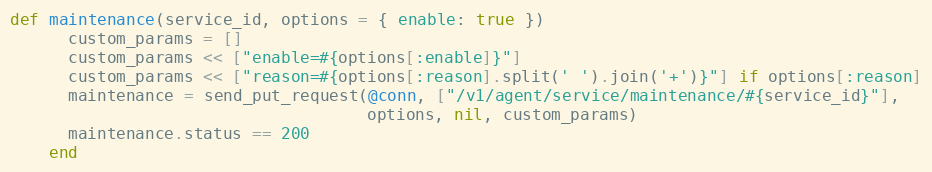
Language: Ruby
def maintenance(service_id, options = { enable: true })
      custom_params = []
      custom_params << ["enable=#{options[:enable]}"]
      custom_params << ["reason=#{options[:reason].split(' ').join('+')}"] if options[:reason]
      maintenance = send_put_request(@conn, ["/v1/agent/service/maintenance/#{service_id}"],
                                     options, nil, custom_params)
      maintenance.status == 200
    end